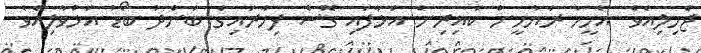
ޖެހިލިއެވެ. އެމީހާ ރަޔާހީން ކައިރިން އަޅާފައި ގޮސް ފިހާރައިގެ ބަންދު ބޯޑު އަޅުވާލިއެވެ.